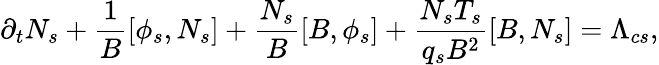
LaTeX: \partial_{t}N_{s}+\frac{1}{B}[\phi_{s},N_{s}]+\frac{N_{s}}{B}[B,\phi_{s}]+\frac{N_{s}T_{s}}{q_{s}B^{2}}[B,N_{s}]=\Lambda_{cs},